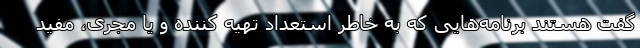
گفت هستند برنامه‌هایی که به خاطر استعداد تهیه کننده و یا مجری، مفید